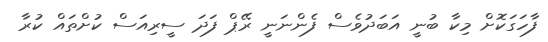
ފާހަގަކޮށް މިކާ ބުނީ އަބަދުވެސް ފެންނަނީ ރޭޕް ފަދަ ސީރިއަސް ކުށްތައް ކުރާ